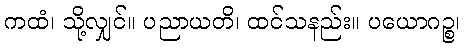
ကထံ၊ သို့လျှင်။ ပညာယတိ၊ ထင်သနည်း။ ပယောဂဉ္စ၊